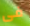
فى